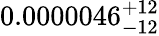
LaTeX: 0.0000046_{-12}^{+12}